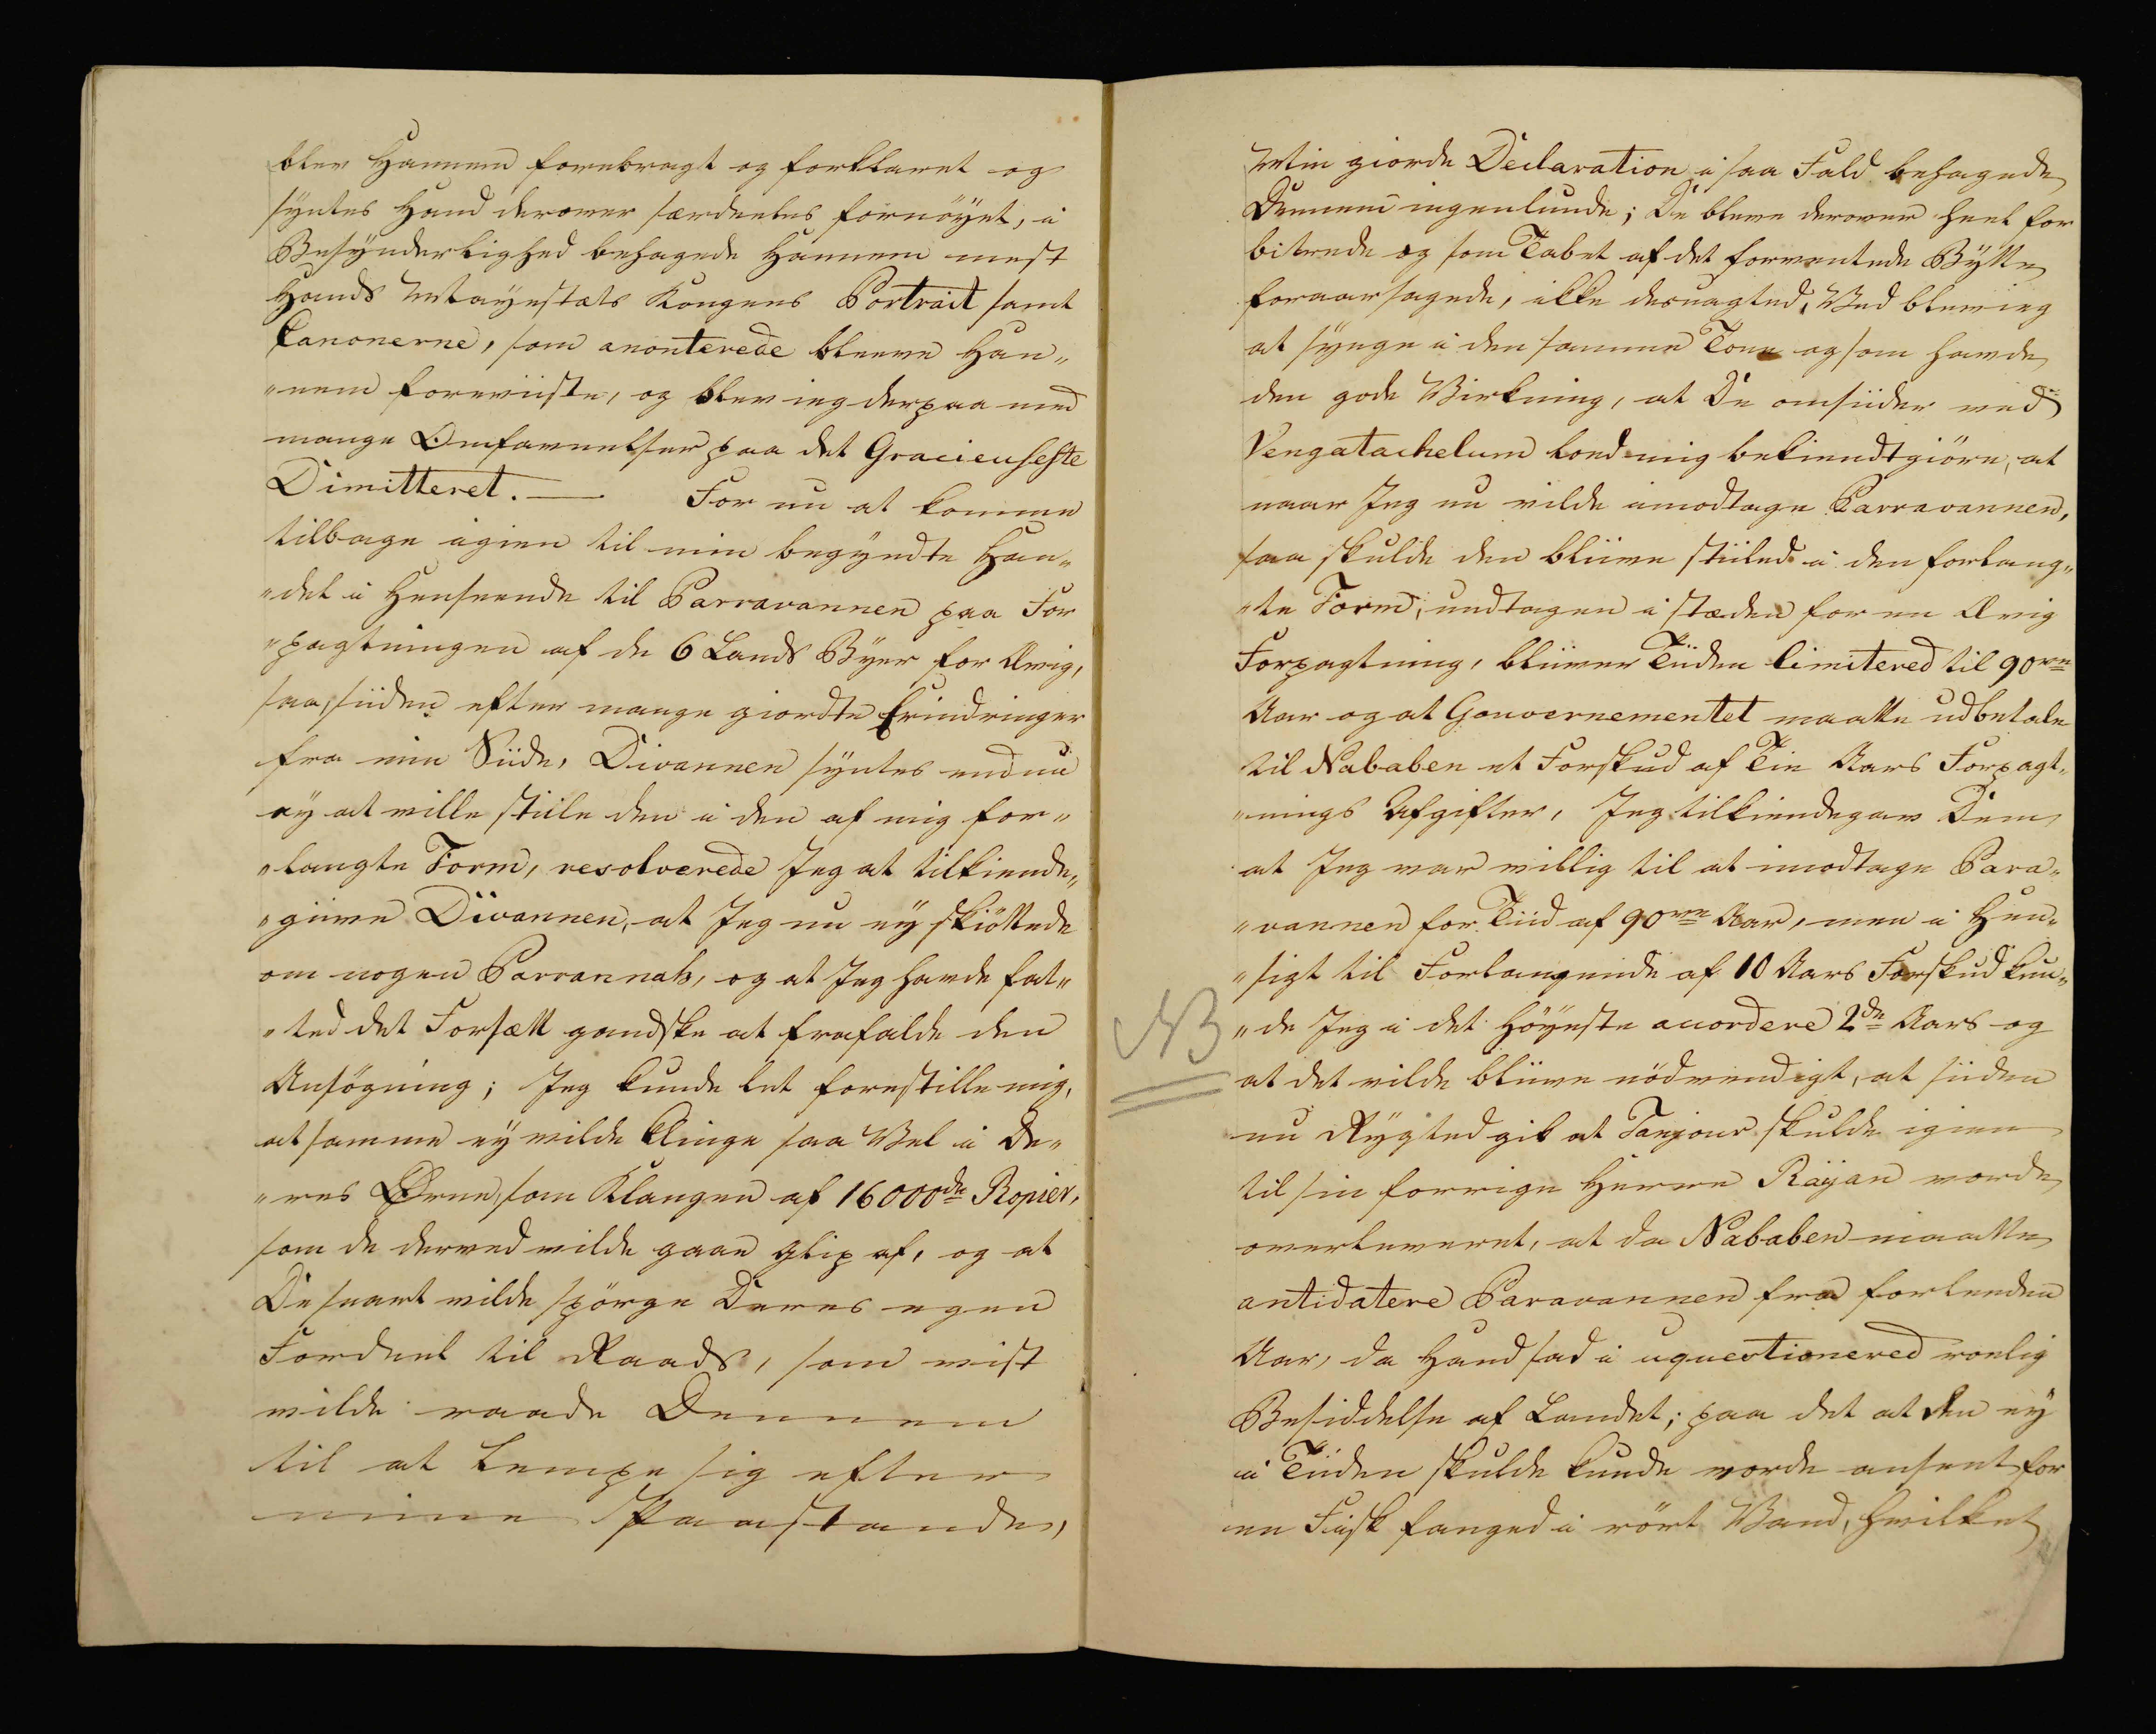
Transkription:
blev Hannem forebragt og forklaret og
syntes Hand derover særdeeles fornöyet, i
Besynderlighed behagede Hannem mest
Hands Mayestæts Kongens Portrait samt
Canonerne, som anonterede bleeve Han„
„nem foreviiste, og blev ieg derpaa med
mange Omfavnelser paa det Gracieuseste
Dimitteret. — For nu at komme
tilbage igien til min begyndte Han„
„del i Henseende til Parravannen paa For
„pagtningen af de 6 Lands Byer for Ævig,
saa, siiden efter mange giordte Erindringer
fra min Siide, Divannen syntes endnu
ey at ville stiile den i den af mig for„
„langte Form, resolverede Jeg at tilkiende„
„giive Divannen, at Jeg nu ey skiöttede
om nogen Parrannah, og at Jeg havde fat„
„ted det Forsætt gandske at frafalde den
Ansögning; Jeg kunde let forestille mig,
at samme ey vilde klinge saa Vel i De„ 
„res Ører, som Klangen af 16000de Ropier,
som de derved vilde gaae glip af, og at
De snart vilde spörge Deres egen
Fordeel til Raads, som vist
vilde raade Dennem
til at lempe sig efter
mine Paastande,

Min giorde Declaration i saa fald behagede
Dennem ingenlunde; De bleve derover heel for
bitrede og som Tabet af det forventede Bytte
foraarsagede, ikke desuagted, Ved blev ieg
at synge i den samme Tone og som havde
den gode Virkning, at De omsiider med
Vengatachelum loed mig bekiendtgiöre, at
naar Jeg nu vilde imodtage Parravannen,
saa skulde den bliive stiiled i den forlang„
„te Form, undtagen i stæden for en Ævig
Forpagtning, bliver Tiiden limitered til 90re
Aar og at Gouvernementet maatte udbetale
til Nababen et Forskud af Tie Aars Forpagt„
„nings Afgifter, Jeg tilkiendegav Dem
at Jeg var villig til at imodtage Para„
„vannen for Tiid af 90re Aar, men i Hen„
„sigt til Forlangende af 10 Aars Forskud kun„
„de Jeg i det Höyeste accordere 2de Aars og
at det vilde bliive nödvendigt, at siiden
nu Rygted gik at Tanjour skulde igien
til sin forrige Herre Rayan vorde
overleveret, at da Nababen maatte
antidatere Paravannen fra forleeden
Aar, da Hand sad i uquestionered roelig
Besiddelse af Landet; paa det at den ey
i Tiiden skulde kunde vorde anseet for
en Fisk fanged i rört Vand, hvilket